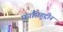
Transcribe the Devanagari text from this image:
फ़ासिहुद्दीन